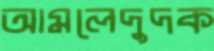
আমলেদুদক